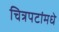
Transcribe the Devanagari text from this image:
चित्रपटांमधे